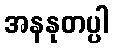
အနနုတပ္ပါ